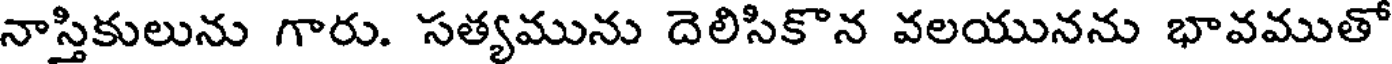
నాస్తికులును గారు. సత్యమును దెలిసికొన వలయునను భావముతో